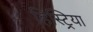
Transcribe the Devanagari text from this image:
हिस्ट्रिया